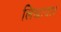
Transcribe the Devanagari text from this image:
लिखाया।